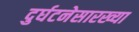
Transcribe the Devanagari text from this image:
दुर्घटनेसारख्या